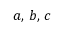
a , \, b , \, c